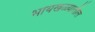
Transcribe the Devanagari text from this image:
भायखळ्यातील